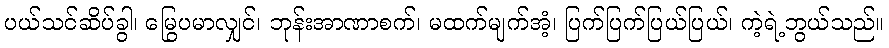
ပယ်သင်ဆိပ်ခွါ၊ မြွေပမာလျှင်၊ ဘုန်းအာဏာစက်၊ မထက်မျက်အံ့၊ ပြက်ပြက်ပြယ်ပြယ်၊ ကဲ့ရဲ့ဘွယ်သည်။